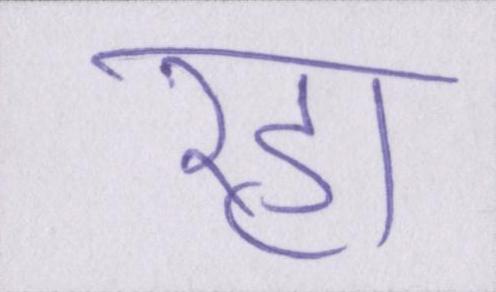
रहा